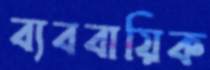
ব্যববায়িক